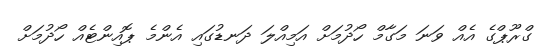
ގްރޫޕްގެ އެއް ވަނަ މަގާމް ހޯދުމަށް އަމިއްލަ ދަނޑުގައި އެންމެ ޕޮއިންޓެއް ހޯދުމަށް